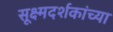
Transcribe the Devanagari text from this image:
सूक्ष्मदर्शकांच्या